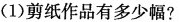
(1)剪纸作品有多少幅?